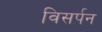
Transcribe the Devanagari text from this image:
विसर्पन